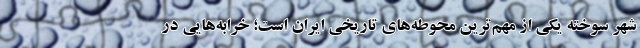
شهر سوخته یکی از مهم‌ترین محوطه‌های تاریخی ایران است؛ خرابه‌هایی در